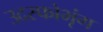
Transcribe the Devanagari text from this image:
उदस्फोभृंग